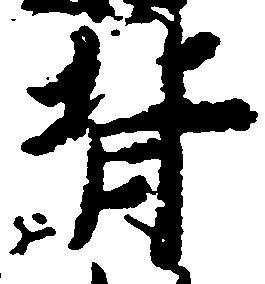
背